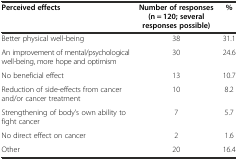
<table><thead><tr><td><b>Perceived effects</b></td><td><b>Number of responses (n = 120; several responses possible)</b></td><td><b>%</b></td></tr></thead><tbody><tr><td>Better physical well-being</td><td>38</td><td>31.1</td></tr><tr><td>An improvement of mental/psychological well-being, more hope and optimism</td><td>30</td><td>24.6</td></tr><tr><td>No beneficial effect</td><td>13</td><td>10.7</td></tr><tr><td>Reduction of side-effects from cancer and/or cancer treatment</td><td>10</td><td>8.2</td></tr><tr><td>Strengthening of body’s own ability to fight cancer</td><td>7</td><td>5.7</td></tr><tr><td>No direct effect on cancer</td><td>2</td><td>1.6</td></tr><tr><td>Other</td><td>20</td><td>16.4</td></tr></tbody></table>